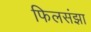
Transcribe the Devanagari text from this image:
फिलसंझा